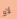
لاو